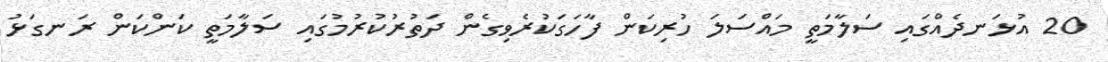
20 އުޅަނދެއްގައި ސަލާމަތީ މައްސަލަ ހުރިކަން ފާހަގަކުރެވިގެން ދަތުރުކުރުމުގައި ސަލާމަތީ ކަންކަން ރަނގަޅު